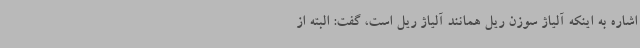
اشاره به اینکه آلیاژ سوزن ریل همانند آلیاژ ریل است، گفت: البته از